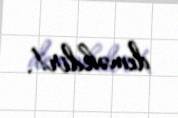
deməkdir!.